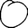
Digit: 0